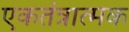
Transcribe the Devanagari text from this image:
एकतंत्रात्मक